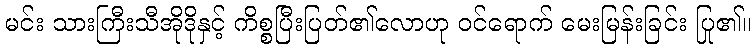
မင်း သားကြီးသီအိုဒိုနှင့် ကိစ္စပြီးပြတ်၏လောဟု ဝင်ရောက် မေးမြန်းခြင်း ပြု၏။